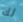
لك